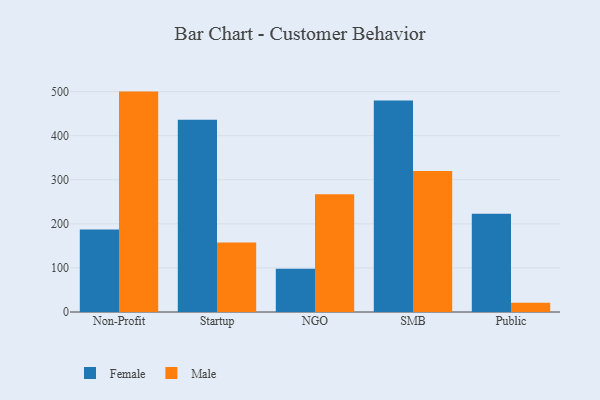
{"axis": {"x": "Segment", "y": "Net Income (USD K)"}, "legend": ["Female", "Male"], "data": [{"x": "Non-Profit", "y": 187.2, "type": "Female"}, {"x": "Non-Profit", "y": 500.0, "type": "Male"}, {"x": "Startup", "y": 436.0, "type": "Female"}, {"x": "Startup", "y": 157.6, "type": "Male"}, {"x": "NGO", "y": 97.9, "type": "Female"}, {"x": "NGO", "y": 266.9, "type": "Male"}, {"x": "SMB", "y": 479.8, "type": "Female"}, {"x": "SMB", "y": 320.0, "type": "Male"}, {"x": "Public", "y": 223.1, "type": "Female"}, {"x": "Public", "y": 20.8, "type": "Male"}]}